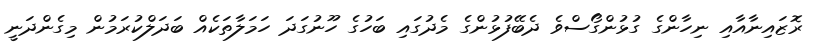
ރޮޒައިނާއާއި ނިހާންގެ ގުޅުންގޯސްވެ ދެބޭފުޅުންގެ މެދުގައި ބަހުގެ ހޫނުގަދަ ހަމަލާތަކެއް ބަދަލްކުރަމުން މިގެންދަނީ